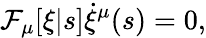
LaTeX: \mathcal{F}_{\mu}[\xi|s]\dot{{\xi}}^{\mu}(s)=0,